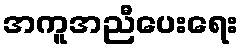
အကူအညီပေးရေး